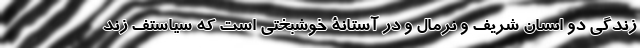
زندگي دو انسان شريف و نرمال و در آستانۀ خوشبختي است كه سياستف زند